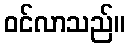
ဝင်လာသည်။